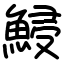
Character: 鮼